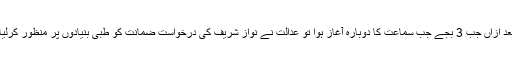
بعد ازاں جب 3 بجے جب سماعت کا دوبارہ آغاز ہوا تو عدالت نے نواز شریف کی درخواست ضمانت کو طبی بنیادوں پر منظور کرلیا۔